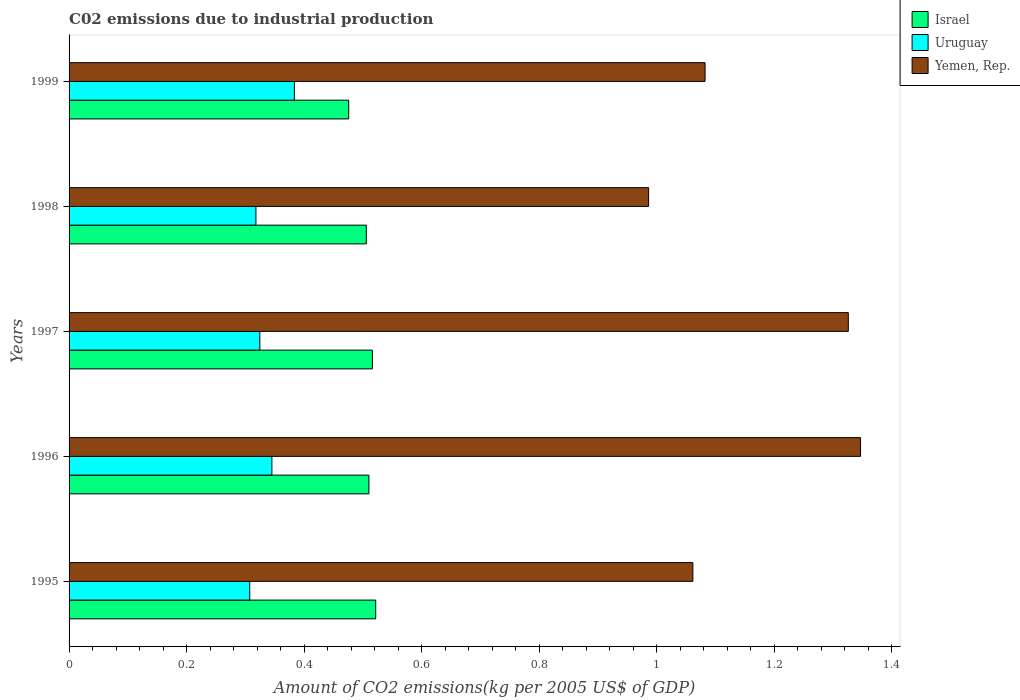
| Years | Israel | Uruguay | Yemen, Rep. |
 | --- | --- | --- | --- |
 | 1995 | 0.522 | 0.307 | 1.06 |
 | 1996 | 0.51 | 0.345 | 1.35 |
 | 1997 | 0.516 | 0.325 | 1.33 |
 | 1998 | 0.506 | 0.318 | 0.986 |
 | 1999 | 0.476 | 0.383 | 1.08 |